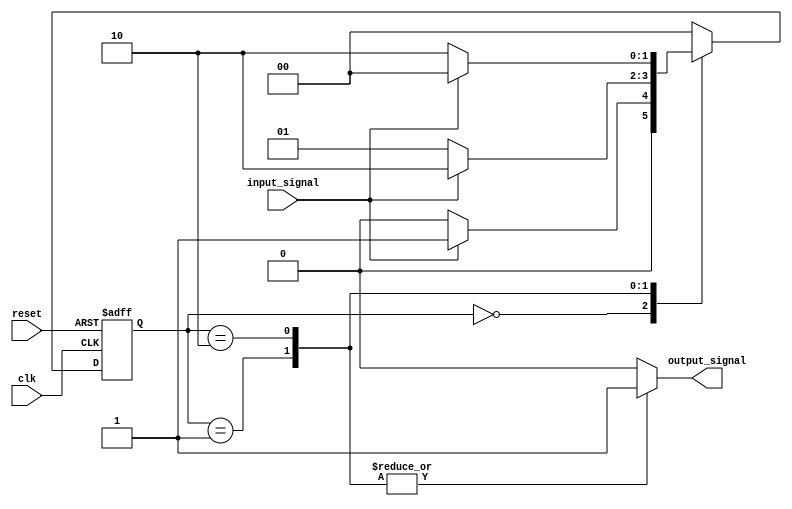
module fsm (
    input wire clk,
    input wire reset,
    input wire input_signal,

    output reg output_signal
);

// Define states
parameter STATE_A = 2'b00;
parameter STATE_B = 2'b01;
parameter STATE_C = 2'b10;

// Define state register and next state
reg [1:0] state_reg, next_state;

// Define outputs
reg output_reg;

// State machine logic
always @ (posedge clk or posedge reset) begin
    if (reset) begin
        state_reg <= STATE_A;
    end else begin
        state_reg <= next_state;
    end
end

// Define state transitions and output logic
always @ (*) begin
    case (state_reg)
        STATE_A: begin
            if (input_signal) begin
                next_state = STATE_B;
            end else begin
                next_state = STATE_A;
            end
        end
        STATE_B: begin
            if (input_signal) begin
                next_state = STATE_C;
            end else begin
                next_state = STATE_B;
            end
        end
        STATE_C: begin
            if (input_signal) begin
                next_state = STATE_A;
            end else begin
                next_state = STATE_C;
            end
        end
        default: next_state = STATE_A;
    endcase
end

// Define output behavior
always @ (*) begin
    case (state_reg)
        STATE_A: output_reg = 1'b0; // Define output behavior for STATE_A
        STATE_B: output_reg = 1'b1; // Define output behavior for STATE_B
        STATE_C: output_reg = 1'b1; // Define output behavior for STATE_C
        default: output_reg = 1'b0; // Default output behavior
    endcase
end

// Assign output signal
assign output_signal = output_reg;

endmodule